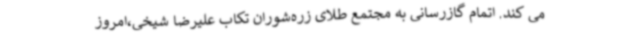
می کند. اتمام گازرسانی به مجتمع طلای زره‌شوران تکاب علیرضا شیخی،امروز